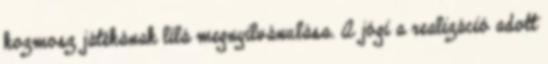
kozmosz játékának lílá megnyilvánulása. A jógi a realizáció adott